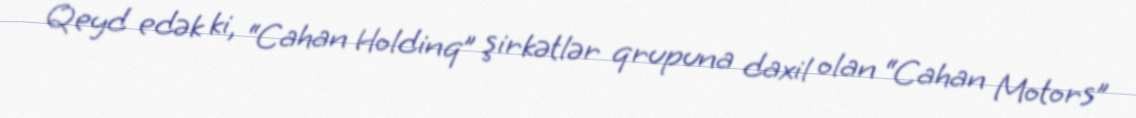
Qeyd edək ki, “Cahan Holdinq” şirkətlər qrupuna daxil olan “Cahan Motors”